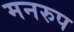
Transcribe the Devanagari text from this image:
मनरुप